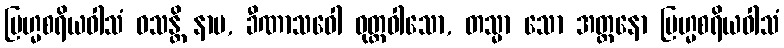
ဗြဟ္မစရိယဝါသံ ဝသန္တိ နာမ, ခီဏာသဝေါ ဝုတ္ထဝါသော, တသ္မာ သော အတ္တနော ဗြဟ္မစရိယဝါသံ